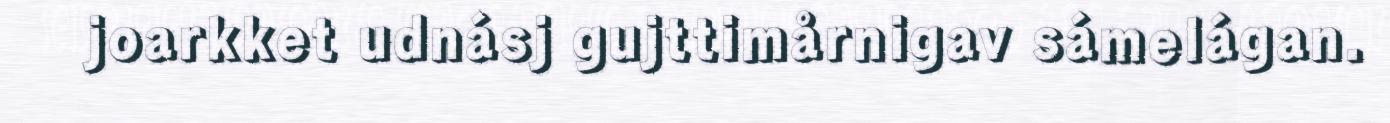
joarkket udnásj gujttimårnigav sámelágan.